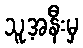
သူ့အနီးမှ